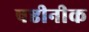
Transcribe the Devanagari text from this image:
षष्ठीनीक